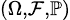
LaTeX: \scriptstyle(\Omega,{\mathcal{F}},\mathbb{P})